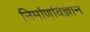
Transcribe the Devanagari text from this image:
निर्माणविज्ञान